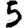
Digit: 5